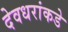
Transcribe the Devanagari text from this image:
देवधरांकडे